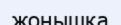
жоңышқа